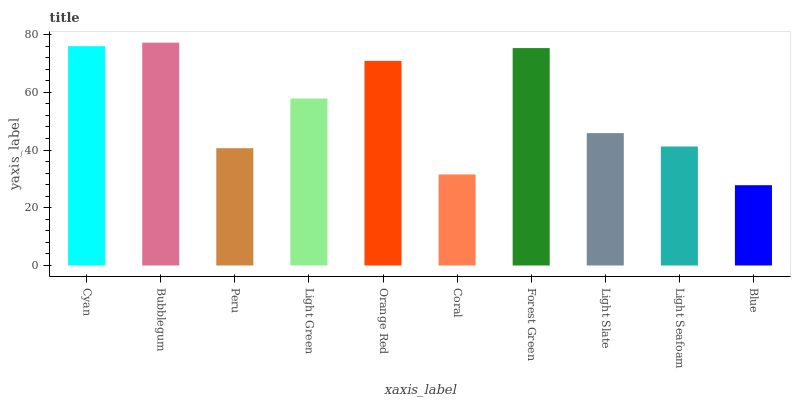
| xaxis_label | bars |
 | --- | --- |
 | Cyan | 76 |
 | Bubblegum | 77.2 |
 | Peru | 40.6 |
 | Light Green | 57.8 |
 | Orange Red | 70.9 |
 | Coral | 31.5 |
 | Forest Green | 75.3 |
 | Light Slate | 45.9 |
 | Light Seafoam | 41.2 |
 | Blue | 27.8 |